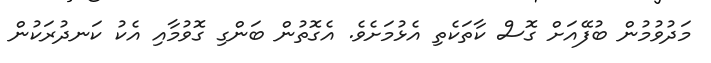
މަދުވުމުން ބުފޭއަށް ގޮސް ކާތަކެތި އެޅުމަށެވެ. އެގޮތުން ބަންގި ގޮވުމާއި އެކު ކަނދުރަކުން